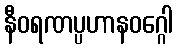
နီဝရဏပ္ပဟာနဝဂ္ဂေါ